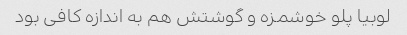
لوبیا پلو خوشمزه و گوشتش هم به اندازه کافی بود